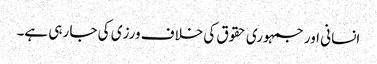
انسانی اور جمہوری حقوق کی خلاف ورزی کی جا رہی ہے۔